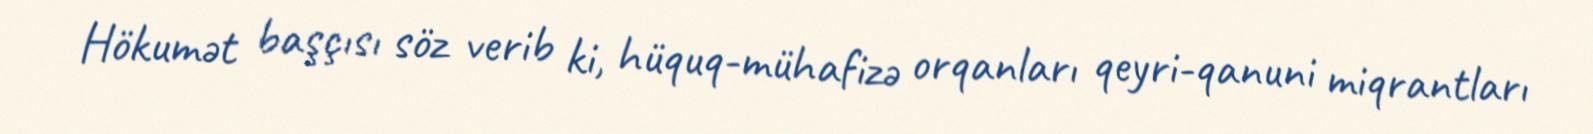
Hökumət başçısı söz verib ki, hüquq-mühafizə orqanları qeyri-qanuni miqrantları